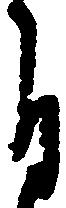
自